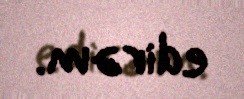
edirəm.